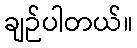
ချဉ်ပါတယ်။